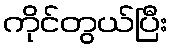
ကိုင်တွယ်ပြီး